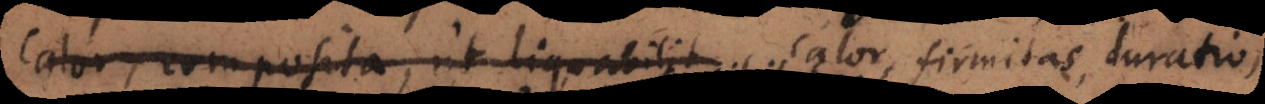
calor, composita, ut liquabilit calor, firmitas,